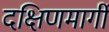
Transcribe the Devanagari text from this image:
दक्षिणमार्गी